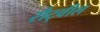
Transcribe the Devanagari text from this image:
रौट्वील